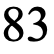
83